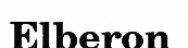
Elberon